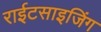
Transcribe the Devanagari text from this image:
राईटसाइजिंग